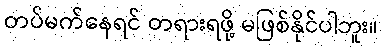
တပ်မက်နေရင် တရားရဖို့ မဖြစ်နိုင်ပါဘူး။